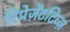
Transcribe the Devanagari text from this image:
रिप्रेज़ेंटटिव्ज़